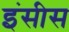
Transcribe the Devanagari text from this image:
इंसीस